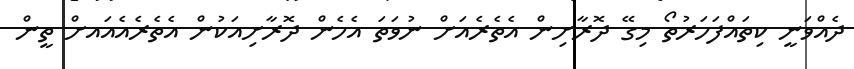
ދެއްވަނީ ކިތައްފަހަރުތޯ މިގޭ ދޮރާށިން އެތެރެއަށް ނުވަތަ އެހެން ދޮރާށިއަކުން އެތެރެއެއައށް ތީން